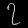
Digit: ၇